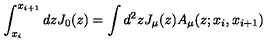
\int _ { x _ { i } } ^ { x _ { i + 1 } } d z J _ { 0 } ( z ) = \int d ^ { 2 } z J _ { \mu } ( z ) A _ { \mu } ( z ; x _ { i } , x _ { i + 1 } )